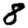
Digit: 8